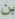
بن